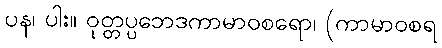
ပန၊ ပါး။ ဝုတ္တပ္ပဘေဒကာမာဝစရော၊ (ကာမာဝစရ